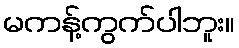
မကန့်ကွက်ပါဘူး။